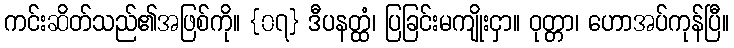
ကင်းဆိတ်သည်၏အဖြစ်ကို။ {၀၇} ဒီပနတ္ထံ၊ ပြခြင်းမကျိုးငှာ။ ဝုတ္တာ၊ ဟောအပ်ကုန်ပြီ။